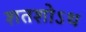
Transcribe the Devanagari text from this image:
शतशोऽथ